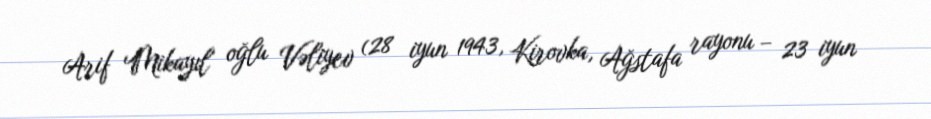
Arif Mikayıl oğlu Vəliyev (28 iyun 1943, Kirovka, Ağstafa rayonu – 23 iyun